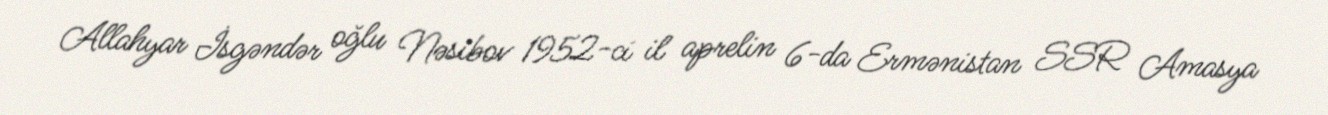
Allahyar İsgəndər oğlu Nəsibov 1952-ci il aprelin 6-da Ermənistan SSR Amasya